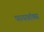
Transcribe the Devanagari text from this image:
फायरबॉक्स